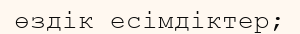
өздік есімдіктер;